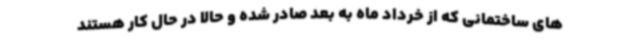
های ساختمانی که از خرداد ماه به بعد صادر شده و حالا در حال کار هستند